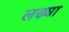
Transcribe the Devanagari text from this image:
लढ्या